Civil Veterinary Department. Central Provinces & Berar 1925-31 - 1925-1931
Year: 1925
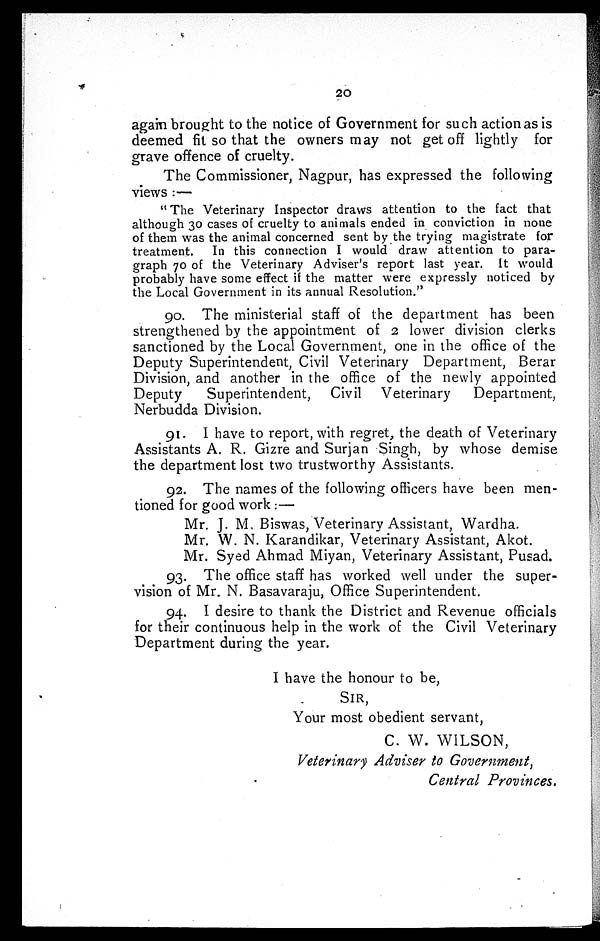
20
again brought to the notice of Government for such action as is
deemed fit so that the owners may not get off lightly for
grave offence of cruelty.
The Commissioner, Nagpur, has expressed the following
views:—
"The Veterinary Inspector draws attention to the fact that
although 30 cases of cruelty to animals ended in conviction in none
of them was the animal concerned sent by the trying magistrate for
treatment.
In this connection I would draw attention to para-
graph 70 of the Veterinary Adviser's report last year. It would
probably have some effect if the matter were expressly noticed by
the Local Government in its annual Resolution."
90. The ministerial staff of the department has been
strengthened by the appointment of 2 lower division clerks
sanctioned by the Local Government, one in the office of the
Deputy Superintendent, Civil Veterinary Department, Berar
Division, and another in the office of the newly appointed
Deputy
Superintendent, Civil Veterinary
Department,
Nerbudda Division.
91. I have to report, with regret, the death of Veterinary
Assistants A. R. Gizre and Surjan Singh, by whose demise
the department lost two trustworthy Assistants.
92. The names of the following officers have been men-
tioned for good work:—
Mr. J. M. Biswas, Veterinary Assistant, Wardha.
Mr. W. N. Karandikar, Veterinary Assistant, Akot.
Mr. Syed Ahmad Miyan, Veterinary Assistant, Pusad.
93. The office staff has worked well under the super-
vision of Mr. N. Basavaraju, Office Superintendent.
94. I desire to thank the District and Revenue officials
for their continuous help in the work of the Civil Veterinary
Department during the year.
I have the honour to be,
SIR,
Your most obedient servant,
C. W. WILSON,
Veterinary Adviser to Government,
Central Provinces.